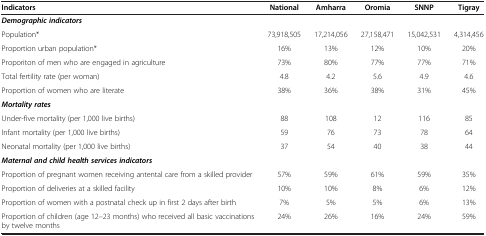
<table><thead><tr><td><b>Indicators</b></td><td><b>National</b></td><td><b>Amharra</b></td><td><b>Oromia</b></td><td><b>SNNP</b></td><td><b>Tigray</b></td></tr></thead><tbody><tr><td colspan="6"><b><i>Demographic indicators</i></b></td></tr><tr><td>Population*</td><td>73,918,505</td><td>17,214,056</td><td>27,158,471</td><td>15,042,531</td><td>4,314,456</td></tr><tr><td>Proportion urban population*</td><td>16%</td><td>13%</td><td>12%</td><td>10%</td><td>20%</td></tr><tr><td>Proporiton of men who are engaged in agriculture</td><td>73%</td><td>80%</td><td>77%</td><td>77%</td><td>71%</td></tr><tr><td>Total fertility rate (per woman)</td><td>4.8</td><td>4.2</td><td>5.6</td><td>4.9</td><td>4.6</td></tr><tr><td>Proportion of women who are literate</td><td>38%</td><td>36%</td><td>38%</td><td>31%</td><td>45%</td></tr><tr><td colspan="6"><b><i>Mortality rates</i></b></td></tr><tr><td>Under-five mortality (per 1,000 live births)</td><td>88</td><td>108</td><td>12</td><td>116</td><td>85</td></tr><tr><td>Infant mortality (per 1,000 live births)</td><td>59</td><td>76</td><td>73</td><td>78</td><td>64</td></tr><tr><td>Neonatal mortality (per 1,000 live births)</td><td>37</td><td>54</td><td>40</td><td>38</td><td>44</td></tr><tr><td colspan="6"><b><i>Maternal and child health services indicators</i></b></td></tr><tr><td>Proportion of pregnant women receiving antental care from a skilled provider</td><td>57%</td><td>59%</td><td>61%</td><td>59%</td><td>35%</td></tr><tr><td>Proportion of deliveries at a skilled facility</td><td>10%</td><td>10%</td><td>8%</td><td>6%</td><td>12%</td></tr><tr><td>Proportion of women with a postnatal check up in first 2 days after birth</td><td>7%</td><td>5%</td><td>5%</td><td>6%</td><td>13%</td></tr><tr><td>Proportion of children (age 12–23 months) who received all basic vaccinations by twelve months</td><td>24%</td><td>26%</td><td>16%</td><td>24%</td><td>59%</td></tr></tbody></table>